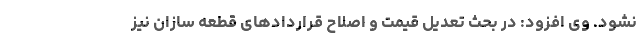
نشود. وی افزود: در بحث تعدیل قیمت و اصلاح قراردادهای قطعه سازان نیز